Scottish Certificate of Education, 1963
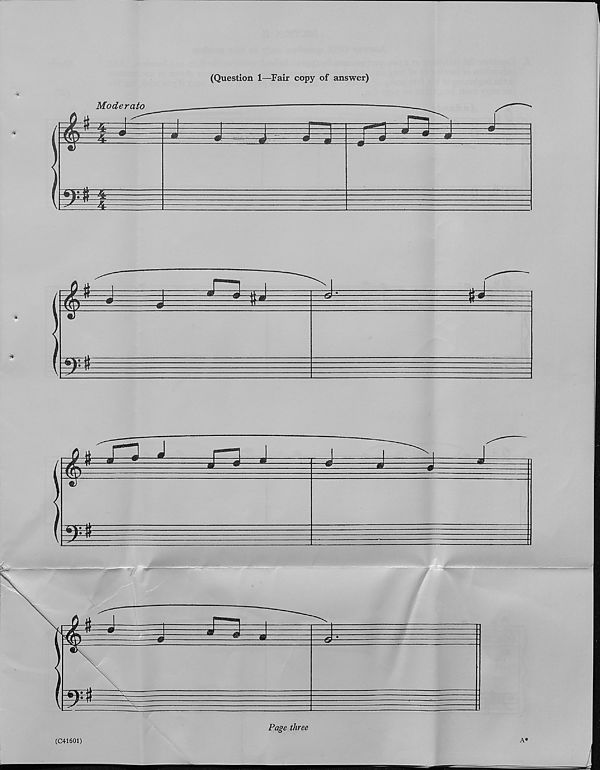
(Question 1—Fair copy of answer)
Moderate
Hr~j'
m
5
i